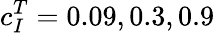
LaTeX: c_{I}^{T}=0.09,0.3,0.9